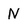
Character: N